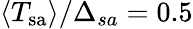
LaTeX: \langle T_{\mathrm{sa}}\rangle/\Delta_{sa}=0.5